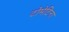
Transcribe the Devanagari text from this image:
टोमेटिना